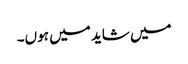
میں شاید میں ہوں۔